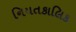
નિયતકાલિક